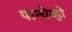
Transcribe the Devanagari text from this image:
पान्चेव्हो